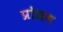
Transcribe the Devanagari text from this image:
प्रोग्रम